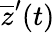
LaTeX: \overline{{z}}^{\prime}(t)